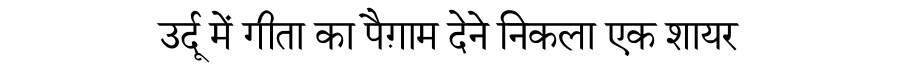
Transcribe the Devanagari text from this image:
उर्दू में गीता का पैग़ाम देने निकला एक शायर